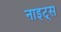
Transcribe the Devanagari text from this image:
नाइट्‌स